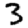
Digit: 3